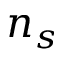
n _ { s }